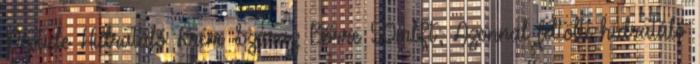
Peptide Hidratáló Krém Száraz Bőrre 50mlFt; Azonnal feltölti hidratáló